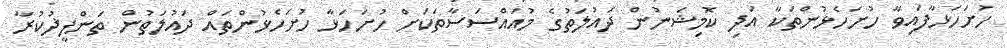
ހުށަހަޅާފައިވާ ހުށަހެޅުންތަކާ އަދި ކޮމިޝަނުން ދައުލަތުގެ މުއައްސަސާތަކަށް ހުށަހަޅާ ހުށަހެޅުންތައް ދައުލަތުން ތަންފީޛުކުރާ